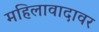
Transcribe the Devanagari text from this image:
महिलावादावर